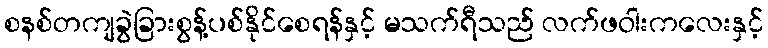
စနစ်တကျခွဲခြားစွန့်ပစ်နိုင်စေရန်နှင့် မသက်ရီသည် လက်ဖဝါးကလေးနှင့်